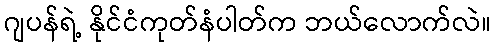
ဂျပန်ရဲ့ နိုင်ငံကုတ်နံပါတ်က ဘယ်လောက်လဲ။